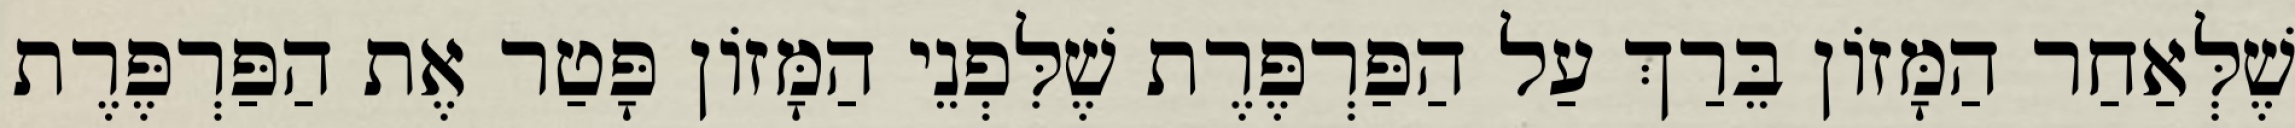
שֶׁלְּאַחַר הַמָּזוֹן בֵּרַךְ עַל הַפַּרְפֶּרֶת שֶׁלִּפְנֵי הַמָּזוֹן פָּטַר אֶת הַפַּרְפֶּרֶת